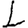
Digit: 1